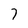
Character: 7